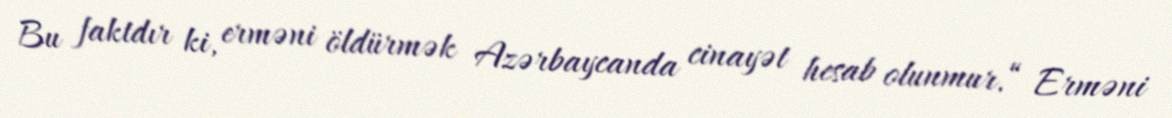
Bu faktdır ki, erməni öldürmək Azərbaycanda cinayət hesab olunmur.“ Erməni